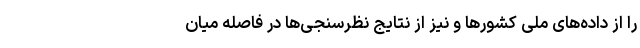
را از داده‌های ملی کشورها و نیز از نتایج نظرسنجی‌ها در فاصله میان